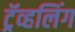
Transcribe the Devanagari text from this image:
ट्रॅव्हलिंग